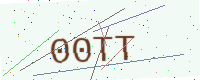
Text: 00TT